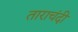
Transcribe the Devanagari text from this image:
ताराचंदी